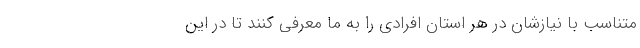
متناسب با نیاز‌شان در هر استان افرادی را به ما معرفی کنند تا در این